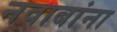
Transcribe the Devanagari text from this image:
नवाबांना